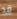
قد